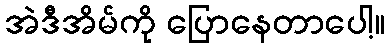
အဲဒီအိမ်ကို ပြောနေတာပေါ့။